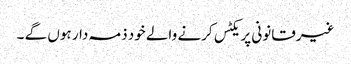
غیرقانونی پریکٹس کرنے والے خود ذمہ دار ہوں گے ۔